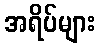
အရိပ်များ